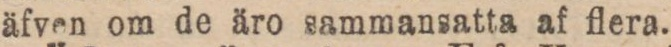
äfven om de äro sammansatta af flera.